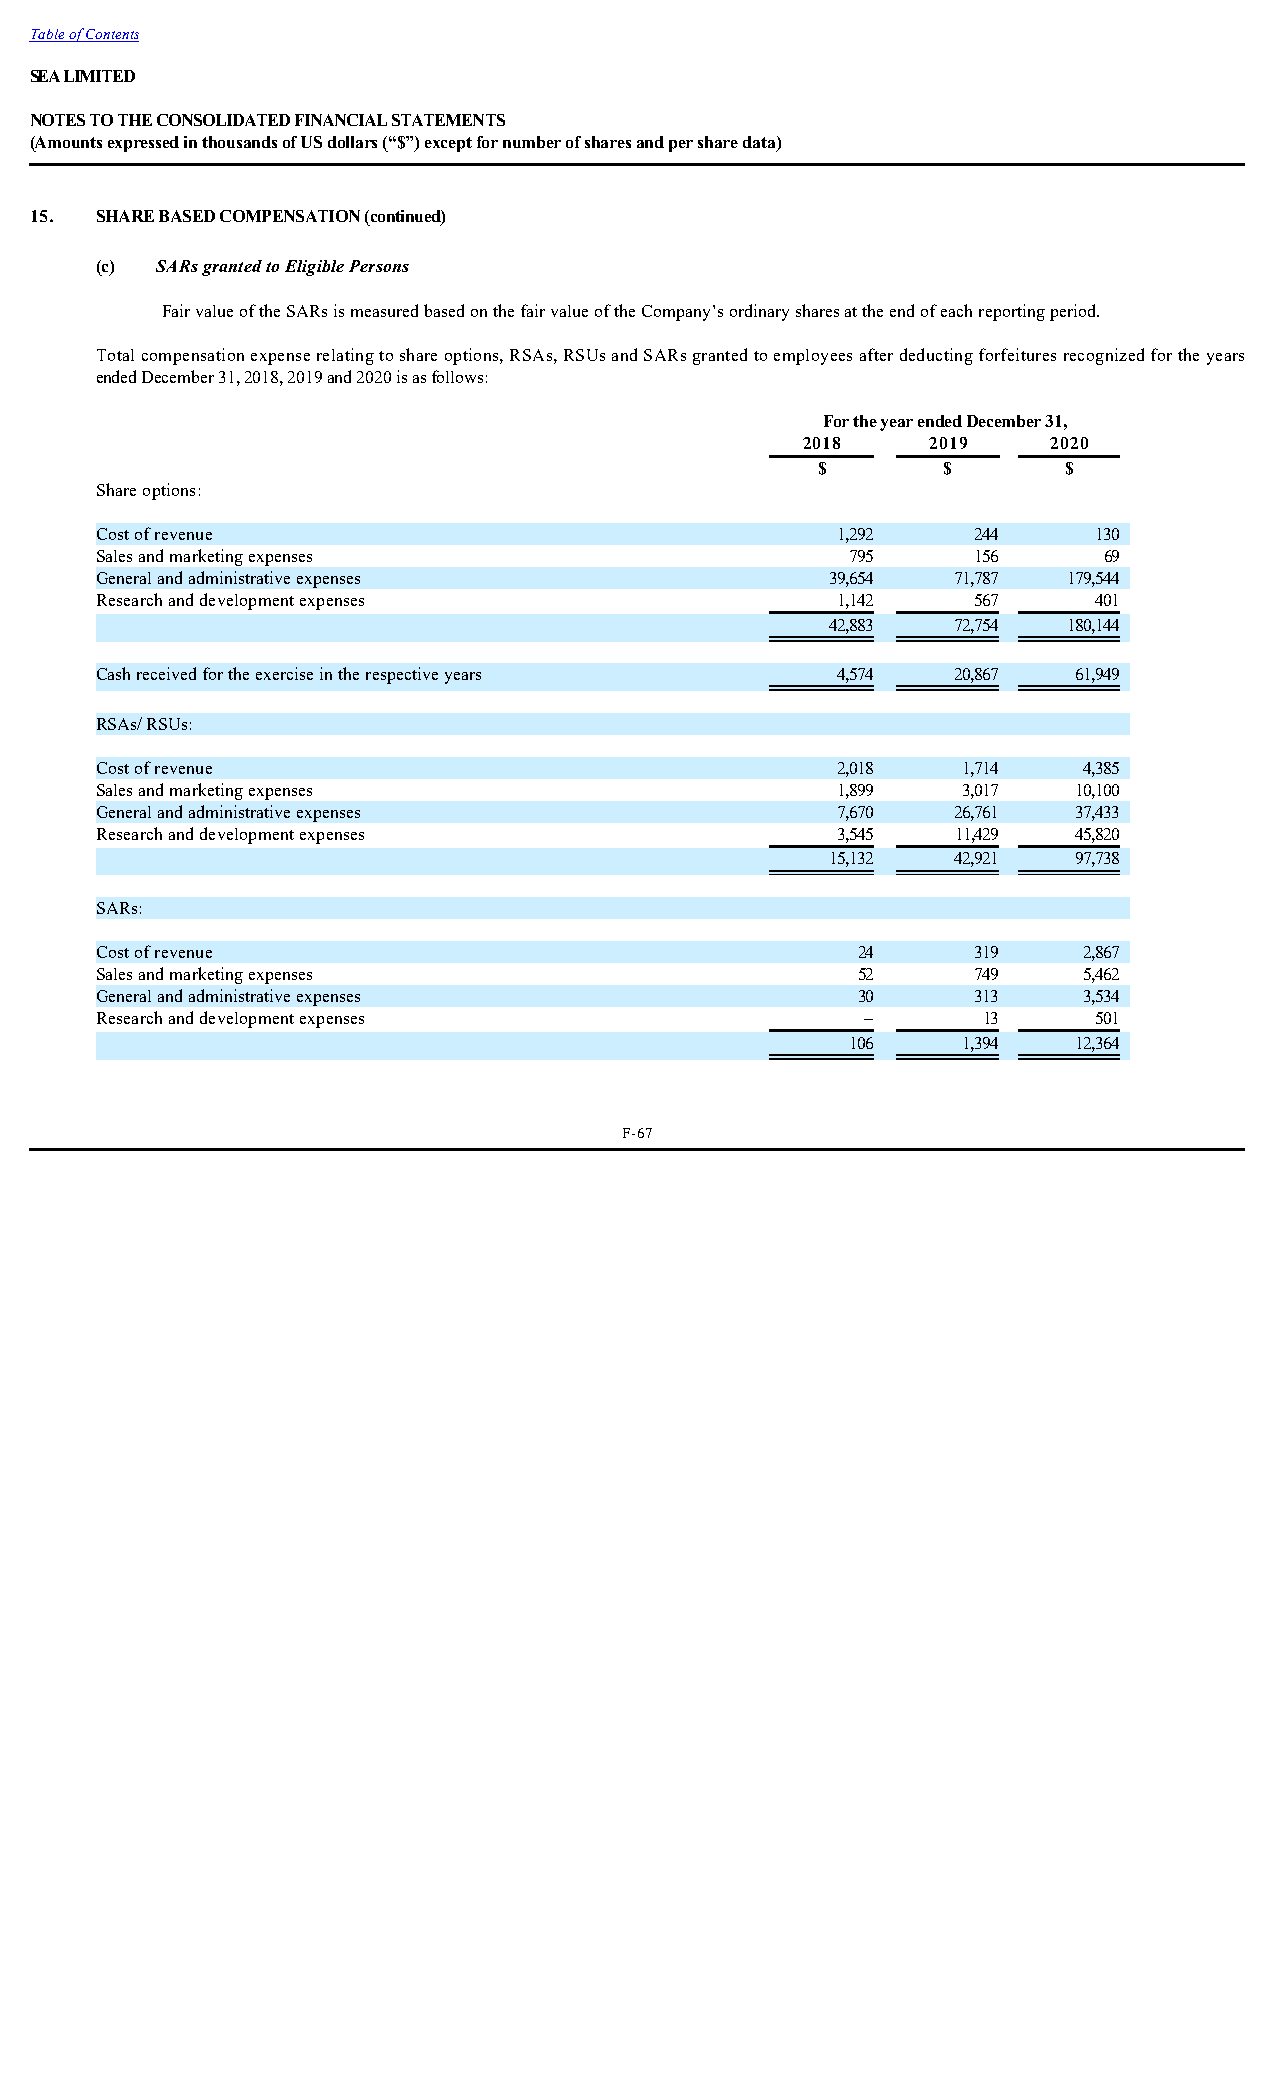
Table of Contents
 SEA LIMITED
 NOTES TO THE CONSOLIDATED FINANCIAL STATEMENTS
 (Amounts expressed in thousands of US dollars (“$”) except for number of shares and per share data)
 15. SHARE BASED COMPENSATION (continued)
 (c) SARs granted to Eligible Persons
 Fair value of the SARs is measured based on the fair value of the Company’s ordinary shares at the end of each reporting period.
 Total compensation expense relating to share options, RSAs, RSUs and SARs granted to employees after deducting forfeitures recognized for the years
 ended December 31, 2018, 2019 and 2020 is as follows:
 For the year ended December 31,
 2018     2019    2020
 _$_      _$_     _$_
 Share options:
 Cost of revenue                                  1,292     244     130
 Sales and marketing expenses                      795      156     69
 General and administrative expenses              39,654  71,787  179,544
 Research and development expenses                1,142     567     401
 42,883  72,754  180,144
 Cash received for the exercise in the respective years 4,574 20,867 61,949
 RSAs/ RSUs:
 Cost of revenue                                  2,018    1,714   4,385
 Sales and marketing expenses                     1,899    3,017  10,100
 General and administrative expenses              7,670   26,761  37,433
 Research and development expenses                3,545   11,429  45,820
 15,132  42,921  97,738
 SARs:
 Cost of revenue                                    24      319    2,867
 Sales and marketing expenses                       52      749    5,462
 General and administrative expenses                30      313    3,534
 Research and development expenses                  –       13      501
 106     1,394  12,364
 F-67